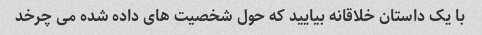
با یک داستان خلاقانه بیایید که حول شخصیت های داده شده می چرخد